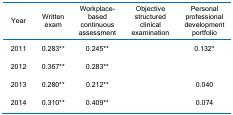
<table><thead><tr><td><b>Year</b></td><td><b>Written exam</b></td><td><b>Workplace-based continuous assessment</b></td><td><b>Objective structured clinical examination</b></td><td><b>Personal professional development portfolio</b></td></tr></thead><tbody><tr><td>2011</td><td>0.283**</td><td>0.245**</td><td>[EMPTY_CELL]</td><td>0.132*</td></tr><tr><td>2012</td><td>0.367**</td><td>0.283**</td><td>[EMPTY_CELL]</td><td>[EMPTY_CELL]</td></tr><tr><td>2013</td><td>0.280**</td><td>0.212**</td><td>[EMPTY_CELL]</td><td>0.040</td></tr><tr><td>2014</td><td>0.310**</td><td>0.409**</td><td>[EMPTY_CELL]</td><td>0.074</td></tr></tbody></table>